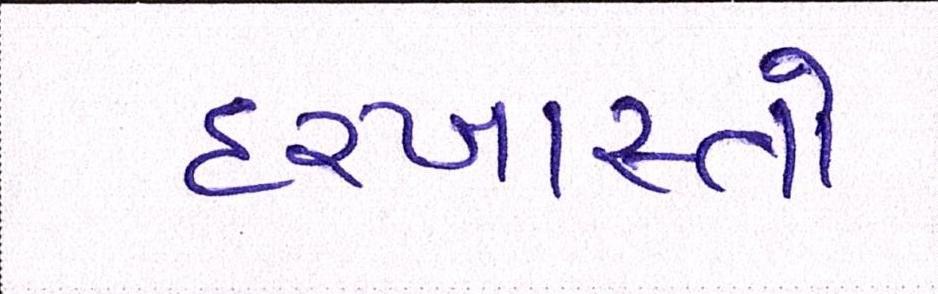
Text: દરખાસ્તો